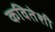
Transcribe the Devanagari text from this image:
कवितेशी